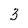
Character: 3